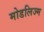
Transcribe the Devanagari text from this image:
मोडलिज्म